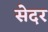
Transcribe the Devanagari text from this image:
सेदर